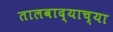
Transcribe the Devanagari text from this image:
तालवाद्याच्या